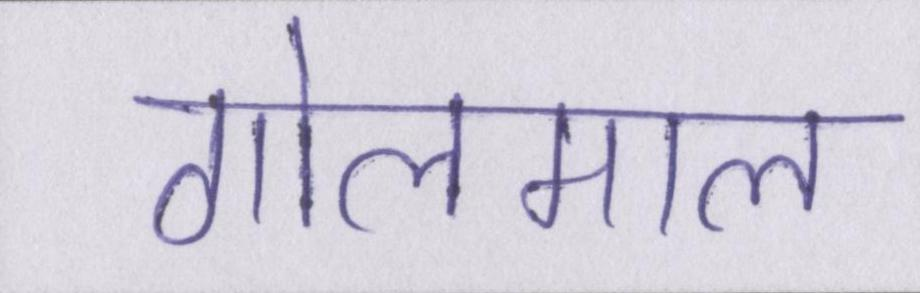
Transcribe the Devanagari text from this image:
गोलमाल